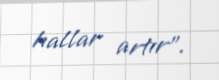
hallar artır”.